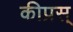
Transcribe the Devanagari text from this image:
कीप्रस्